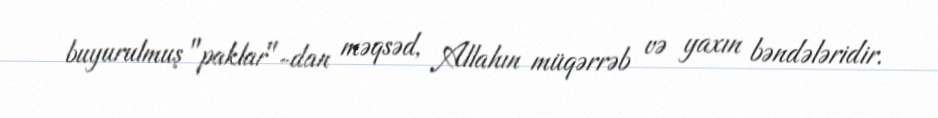
buyurulmuş "paklar"-dan məqsəd, Allahın müqərrəb və yaxın bəndələridir.